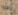
يلقوا